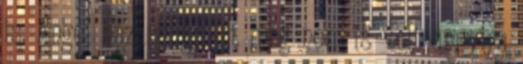
is. Angel házassága itt még nem is volt annyira